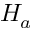
H _ { a }